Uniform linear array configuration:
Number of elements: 8
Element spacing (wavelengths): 0.5
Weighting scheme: exponential
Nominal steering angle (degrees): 60
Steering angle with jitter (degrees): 58.359
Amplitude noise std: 0.05
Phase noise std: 0.05

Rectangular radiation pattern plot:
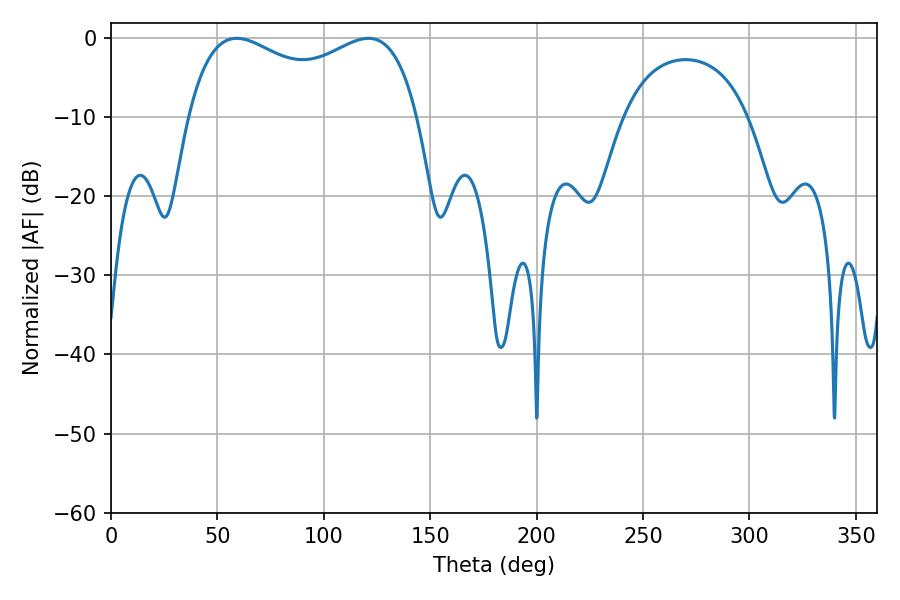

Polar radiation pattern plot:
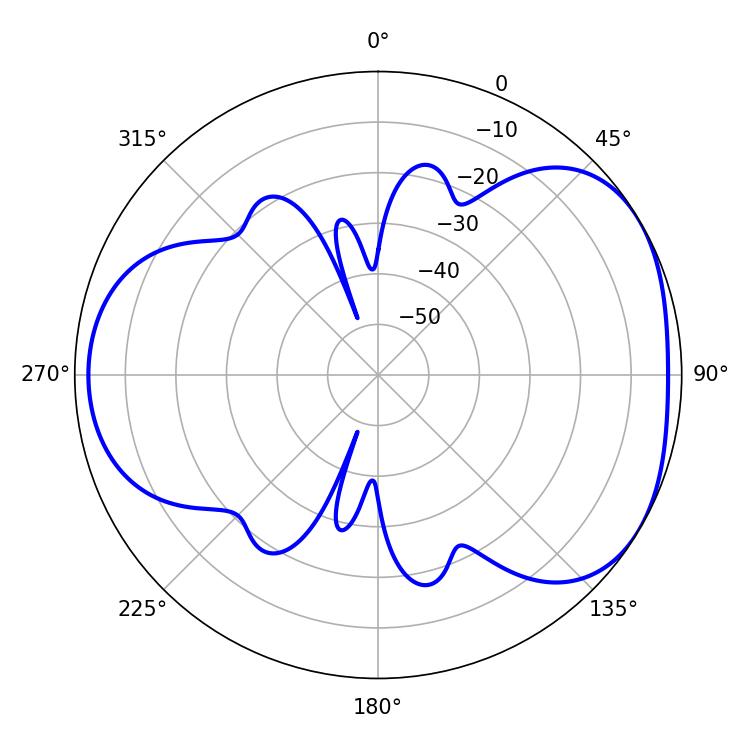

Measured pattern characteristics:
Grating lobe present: FALSE
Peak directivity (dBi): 4.233
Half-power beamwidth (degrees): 89.64
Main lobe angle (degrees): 59.04